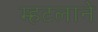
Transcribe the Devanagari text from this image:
म्हटलाने